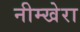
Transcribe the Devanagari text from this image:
नीम्खेरा